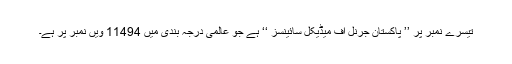
تیسرے نمبر پر ’’ پاکستان جرنل آف میڈیکل سائینسز ‘‘ ہے جو عالمی درجہ بندی میں 11494 ویں نمبر پر ہے۔